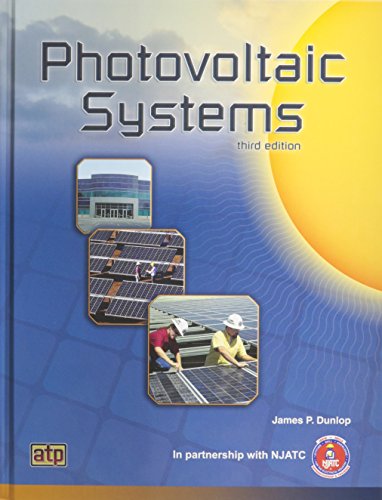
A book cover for Photovoltaic Systems; National Joint Apprenticeship and Training; Science & Math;